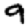
Digit: 9